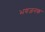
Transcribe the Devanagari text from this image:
भयजनक